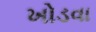
ખોડવા